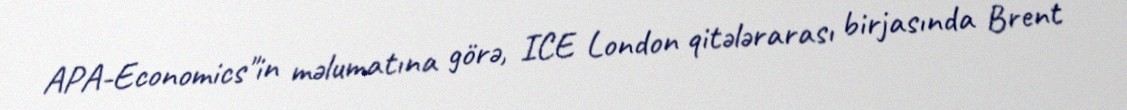
APA-Economics"in məlumatına görə, ICE London qitələrarası birjasında Brent